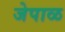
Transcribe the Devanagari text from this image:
जेपाळ